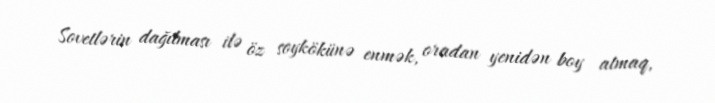
Sovetlərin dağılması ilə öz soykökünə enmək, oradan yenidən boy atmaq,